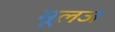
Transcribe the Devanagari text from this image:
मूलज